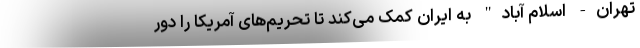
تهران- اسلام آباد" به ایران کمک می‌کند تا تحریم‌های آمریکا را دور